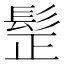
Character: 𩬧